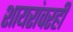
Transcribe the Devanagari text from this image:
शायरांवरही